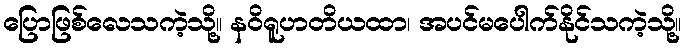
ပြောဖြစ်လေသကဲ့သို့။ နဝိရူဟတိယထာ၊ အပင်မပေါက်နိုင်သကဲ့သို့။